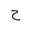
Letter: _ha